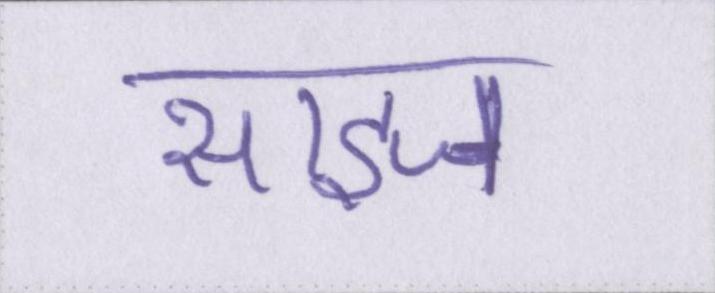
साइज